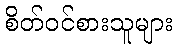
စိတ်ဝင်စားသူများ